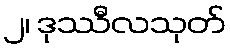
၂၊ ဒုဿီလသုတ်